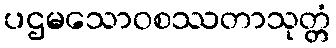
ပဌမသောဝစဿတာသုတ္တံ